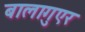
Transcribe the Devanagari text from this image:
बालागुएर